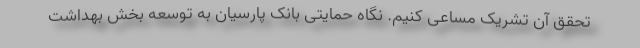
تحقق آن تشریک مساعی کنیم. نگاه حمایتی بانک پارسیان به توسعه بخش بهداشت